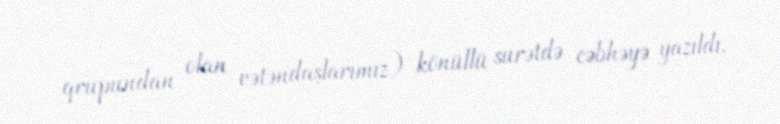
qrupundan olan vətəndaşlarımız) könüllü surətdə cəbhəyə yazıldı.